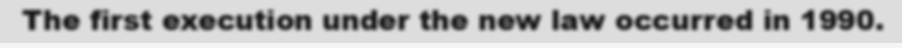
The first execution under the new law occurred in 1990.